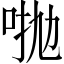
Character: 𠴋